Civil Veterinary Department Bihar reports 1940-50 - 1940-1950
Year: 1940
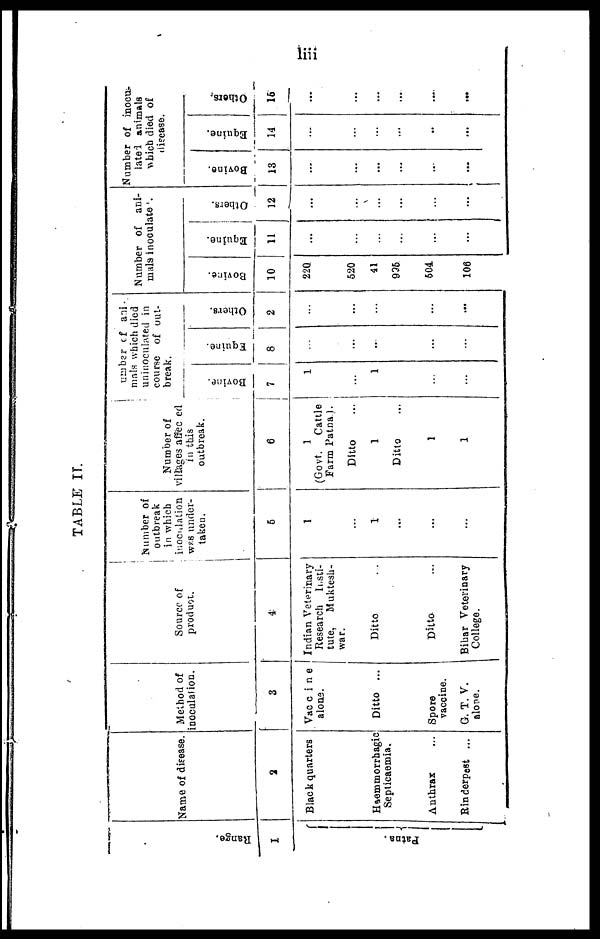
liii
TABLE II.
Range.
1
Pat na.
Name of disease.
2
Black quarters
Haemmorrhagic
Septicaemia,
Anthrax …
Rinderpest ...
Method of
inoculation.
3
Vaccine
alone.
Ditto ...
Spore
vaccine.
G. T. V.
alone.
Source of
product.
4
Indian Veterinary
Research Insti-
tute,
Muktesh-
war.
Ditto …
Ditto …
Bihar Veterinary
College.
Is umber of
outbreak
in which
inoculation
was under-
taken.
5
1
...
1
...
...
…
Number of
villages affected
in this
outbreak.
6
1
(Govt.
Cattle
Farm Patna).
Ditto …
1
Ditto …
1
1
Number of ani
mals which died
uninoculated in
course of out-
break.
Bovine.
7
1
…
1
…
…
…
Equine.
8
...
...
…
…
…
…
Others.
9
...
…
…
…
…
...
Number of ani-
mals inoculated.
Bovine.
10
220
520
41
995
504
106
Equine.
11
...
…
…
…
…
…
Others.
12
...
...
…
...
…
…
Number of inocu-
lated animals
which died of
disease.
Bovine.
13
...
…
…
…
…
…
Equine.
14
...
…
…
…
...
…
Others.
15
...
...
…
....
...
...